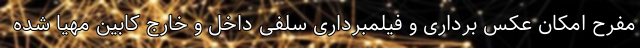
مفرح امکان عکس برداری و فیلمبرداری سلفی داخل و خارج کابین مهیا شده